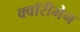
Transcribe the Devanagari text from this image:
क्वॉरीमेन